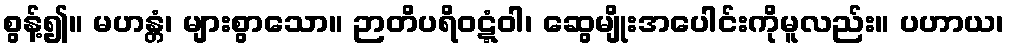
စွန့်၍။ မဟန္တံ၊ များစွာသော။ ဉာတိပရိဝဋ္ဋံဝါ၊ ဆွေမျိုးအပေါင်းကိုမူလည်း။ ပဟာယ၊